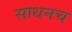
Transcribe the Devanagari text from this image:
साधनच